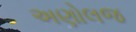
અણોલજ